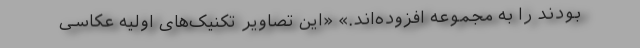
بودند را به مجموعه افزوده‌اند.» «این تصاویر تکنیک‌های اولیه عکاسی